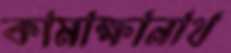
কামাক্ষানাথ